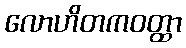
လောဟိတကဝတ္ထာ